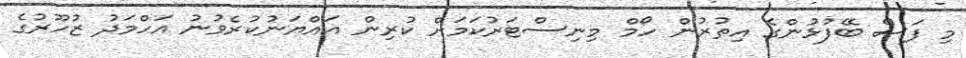
މި ފަސް ބޭފުޅުންގެ އިތުރުން ހޯމް މިނިސްޓަރުކަމަށް ކުރިން އައްޔަނުކުރެވުނު އަހްމަދު ޒުހޫރުގެ